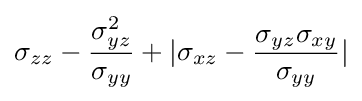
\sigma _{zz}-{\frac {\sigma _{yz}^{2}}{\sigma _{yy}}}+|\sigma _{xz}-{\frac {\sigma _{yz}\sigma _{xy}}{\sigma _{yy}}}|